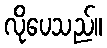
လိုပေသည်။